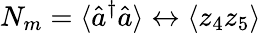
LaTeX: N_{m}=\langle\hat{a}^{\dagger}\hat{a}\rangle\leftrightarrow\langle z_{4}z_{5}\rangle